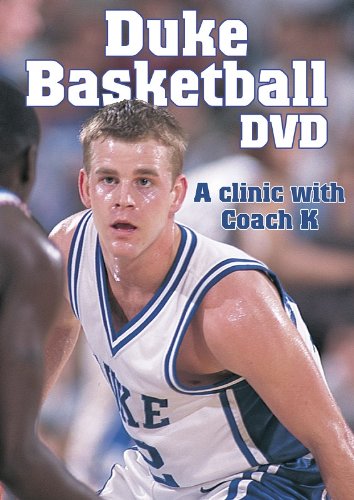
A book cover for Duke Basketball Series Complete Colleciton DVD; Mike Krzyzewski; Sports & Outdoors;